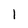
Character: 1